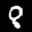
Label: 8